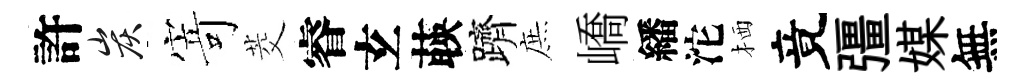
許炭𭔃茭睿𤣥𦴤躋庶嶠繙沱栖竟彊媒無